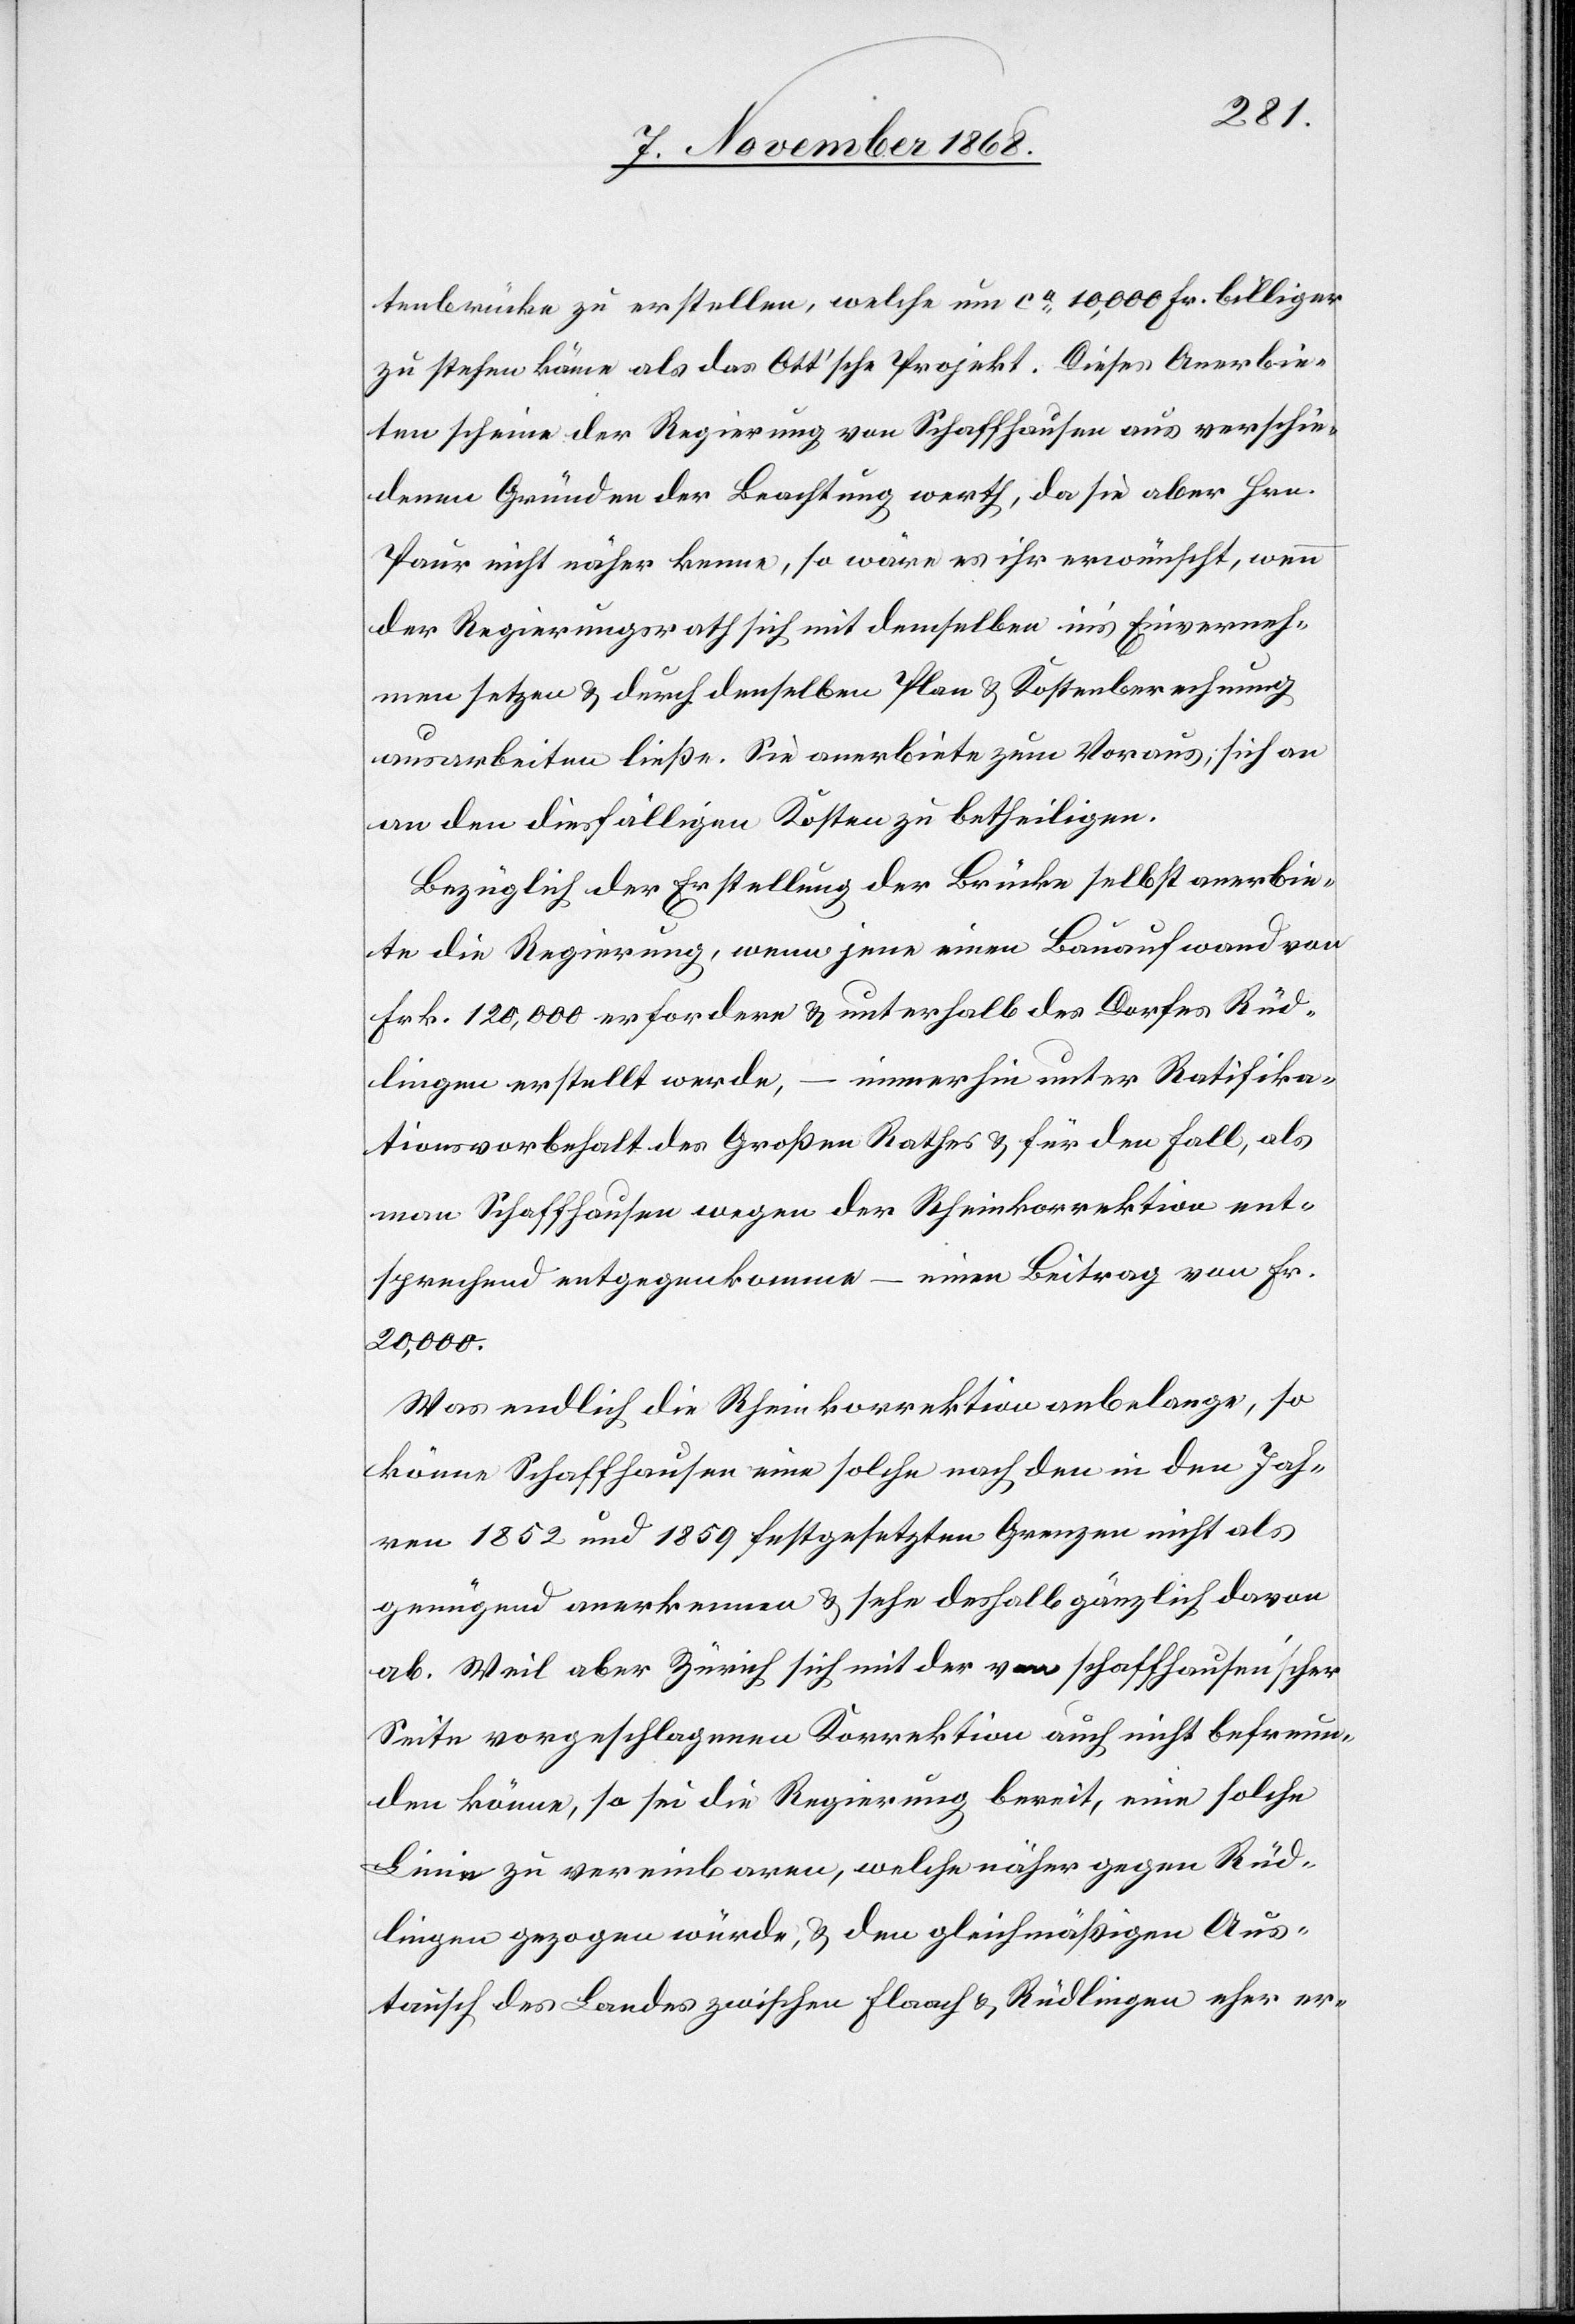
tenbrücke zu erstellen, welche um ca 10,000 Fr. billiger
zu stehen käme als das Ott’sche Projekt. Dieses Anerbie¬
ten scheine der Regierung von Schaffhausen aus verschie¬
denen Gründen der Beachtung werth, da sie aber Hrn.
Paur nicht näher kenne, so wäre es ihr erwünscht, wenn
der Regierungsrath sich mit demselben in’s Einverneh¬
men setzen & durch denselben Plan & Kostenberechnung
ausarbeiten ließe. Sie anerbiete zum Voraus, sich a¬
n den diesfälligen Kosten zu betheiligen.
Bezüglich der Erstellung der Brücke selbst anerbie¬
te die Regierung, wenn jene einen Bauaufwand von
Frk. 120,000 erfordere & unterhalb des Dorfes Rüd¬
lingen erstellt werde, – immerhin unter Ratifika¬
tionsvorbehalt des Großen Rathes & für den Fall, als
man Schaffhausen wegen der Rheinkorrektion ent¬
sprechend entgegenkomme – einen Beitrag von Fr.
20,000.
Was endlich die Rheinkorrektion anbelange, so
könne Schaffhausen eine solche nach den in den Jah¬
ren 1852 und 1859 festgesetzten Grenzen nicht als
genügend anerkennen & sehe deshalb gänzlich davon
ab. Weil aber Zürich sich mit der von schaffhausen’scher
Seite vorgeschlagenen Korrektion auch nicht befreun¬
den könne, so sei die Regierung bereit, eine solche
Linie zu vereinbaren, welche näher gegen Rüd¬
lingen gezogen würde, & den gleichmäßigen Aus¬
tausch des Landes zwischen Flaach & Rüdlingen eher er-